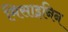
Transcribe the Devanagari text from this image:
मिसाइनिन